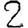
Digit: 2